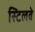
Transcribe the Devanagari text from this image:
स्टिलबे